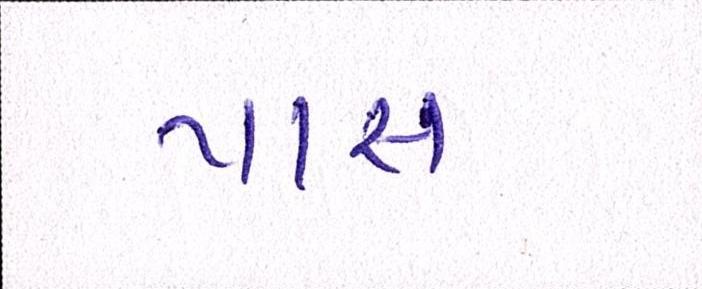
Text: પાસ